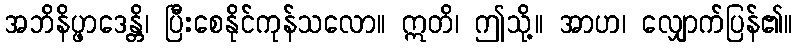
အဘိနိပ္ဖာဒေန္တိ၊ ပြီးစေနိုင်ကုန်သလော။ ဣတိ၊ ဤသို့။ အာဟ၊ လျှောက်ပြန်၏။